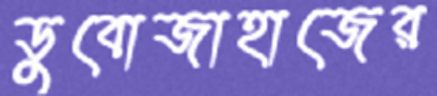
ডুবোজাহাজের